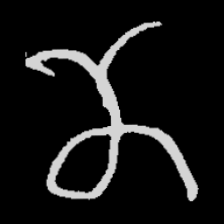
Pyu character \u2014 Myanmar letter: ဏ (romanized: nna)